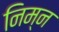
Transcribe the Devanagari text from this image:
निम्‍न